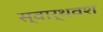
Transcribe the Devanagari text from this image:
स्वार्थवश